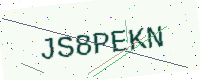
Text: JS8PEKN